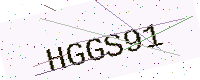
Text: HGGS91